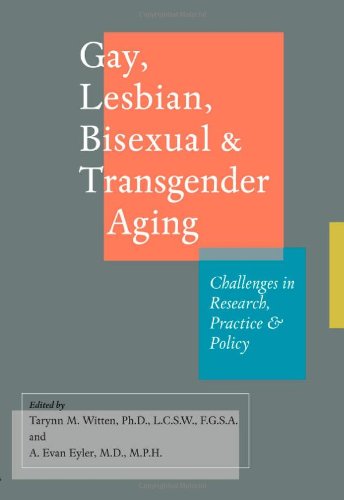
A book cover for Gay, Lesbian, Bisexual, and Transgender Aging: Challenges in Research, Practice, and Policy; Gay & Lesbian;